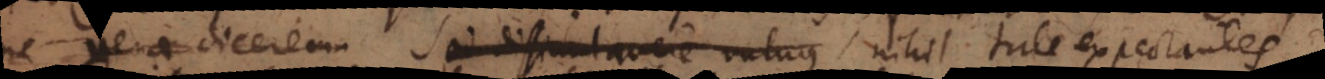
ne vera dicerem. Sed dissimulavere vulnus tale expectantes,